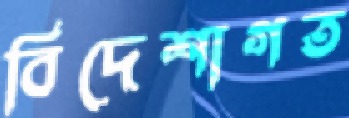
বিদেশাগত